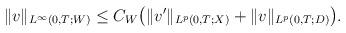
LaTeX: \begin{align*}\begin{aligned}\|v\|_{L^\infty(0,T;W)} \le C_{W}\big( \| v' \|_{L^p(0,T;X)} + \| v \|_{L^p(0,T;D)} \big).\end{aligned}\end{align*}